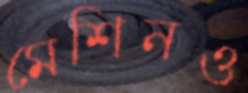
মেশিনও